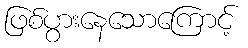
ဖြစ်ပွားနေသောကြောင့်